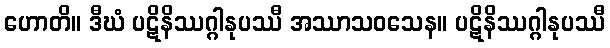
ဟောတိ။ ဒီဃံ ပဋိနိဿဂ္ဂါနုပဿီ အဿာသဝသေန။ ပဋိနိဿဂ္ဂါနုပဿီ